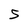
Character: 5